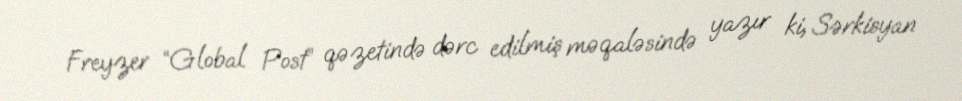
Freyzer “Global Post” qəzetində dərc edilmiş məqaləsində yazır ki, Sərkisyan